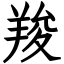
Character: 羧